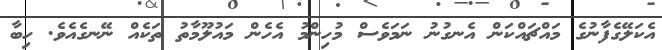
އެކަލޭގެފާނުގެ މައްޗައްކަން އެނގުނު ނަމަވެސް މުހިންމު އެހެން މައުލޫމާތު ތަކެއް ނޭނގެއެވެ. ހިބާ